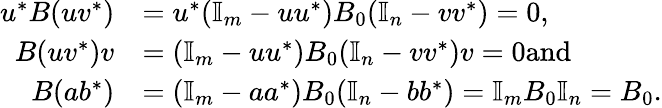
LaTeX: \begin{array}{rl}{u^{\ast}B(uv^{\ast})}&{=u^{\ast}(\mathbb{I}_{m}-uu^{\ast})B_{0}(\mathbb{I}_{n}-vv^{\ast})=0,}\\ {B(uv^{\ast})v}&{=(\mathbb{I}_{m}-uu^{\ast})B_{0}(\mathbb{I}_{n}-vv^{\ast})v=0\textrm{and}}\\ {B(ab^{\ast})}&{=(\mathbb{I}_{m}-aa^{\ast})B_{0}(\mathbb{I}_{n}-bb^{\ast})=\mathbb{I}_{m}B_{0}\mathbb{I}_{n}=B_{0}.}\end{array}